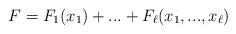
LaTeX: \begin{align*}F=F_{1}(x_{1})+...+F_{\ell}(x_{1},...,x_{\ell})\end{align*}